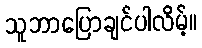
သူဘာပြောချင်ပါလိမ့်။